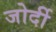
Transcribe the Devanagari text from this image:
जोर्दी